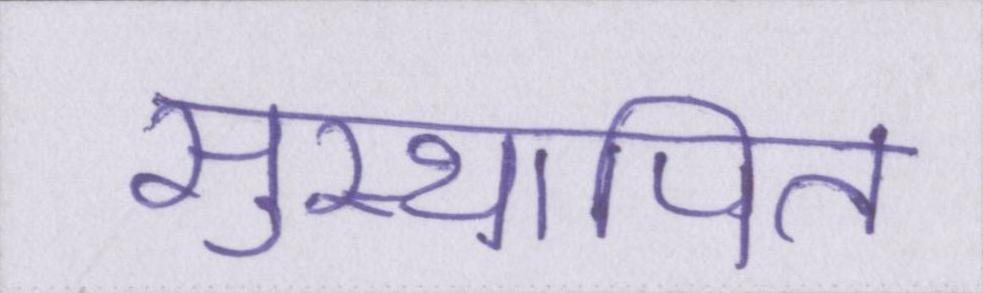
सुस्थापित